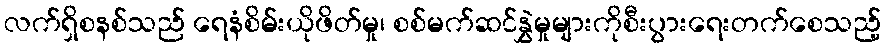
လက်ရှိစနစ်သည် ရေနံစိမ်းယိုဖိတ်မှု၊ စစ်မက်ဆင်နွှဲမှုများကိုစီးပွားရေးတက်စေသည့်